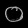
Digit: ၀